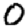
Digit: 0